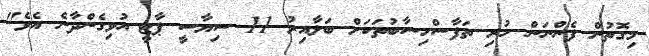
މިގޮތުން ފެންނަން ހުރި ތަފާސްހިސާބުތަކަށް ބަލާއިރު 11 ސިޔާސީ ޕާޓީ އުވިގެންދާނެ އެވެ"